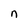
Character: n